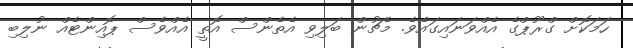
ހަމަކޮށް ގްރޫޕްގެ އެއްވަނައިގައެވެ. މެޗުން ބަލިވި އެތެންސް އޮތީ އެއްވެސް ޕޮއިންޓެއް ނުލިބި